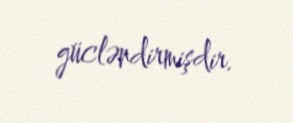
gücləndirmişdir.